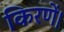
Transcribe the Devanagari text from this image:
किरणें।